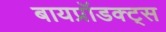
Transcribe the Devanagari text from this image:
बायप्रॉडक्ट्स